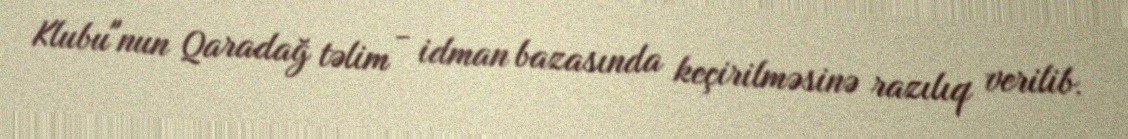
Klubu"nun Qaradağ təlim - idman bazasında keçirilməsinə razılıq verilib.